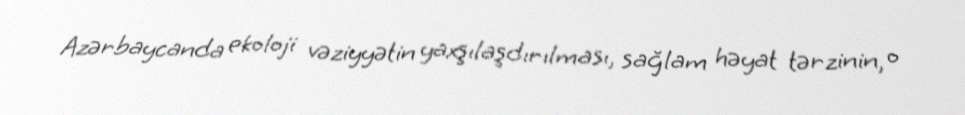
Azərbaycanda ekoloji vəziyyətin yaxşılaşdırılması, sağlam həyat tərzinin, o